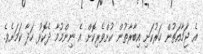
އެ ޖަމާއަތުން ހަރުކަށި އިބާރާތުން ކުށްވެރިކޮށް އެ ނިންމުމާ ދެކޮޅު ހަދާ ކަމަށެވެ.